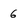
Character: 6